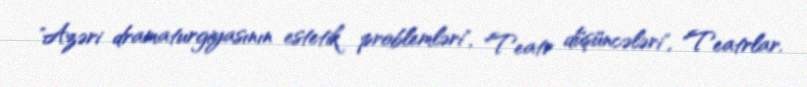
"Azəri dramaturgiyasının estetik problemləri", "Teatr düşüncələri", "Teatrlar.